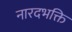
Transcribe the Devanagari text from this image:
नारदभक्ति